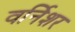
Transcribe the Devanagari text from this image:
वर्निशर